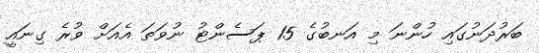
ބަރުދަނުގައި ހުންނަ މި އަނބުގެ 15 ޕަސެންޓު ނުވަތަ އެއަށް ވުރެ ގިނައީ